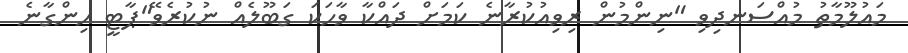
މައުލޫމާތު މުއްސަނދިވި "ނިންމުން ރިވިއުކުރާނެ ކަމަށް ދައްކާ ވާހަކަ ގަބޫލެއް ނުކުރެވޭ"ޕާޓީ ހިންގާނެ